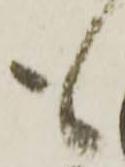
も